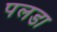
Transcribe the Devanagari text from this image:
पलडा